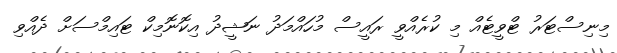
މިނިސްޓަރު ޓްވީޓެއް މި ކުރެއްވީ ރައީސް މުހައްމަދު ނަޝީދު އިކޮނޮމިކް ޓައިމްސަށް ދެއްވި